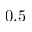
0 . 5